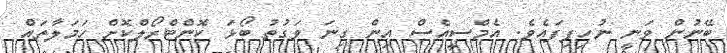
ބޭނުން ވަނީ ނުހިފިފައެވެ. އެމްސީއެސް އިން ގިނަ ވަގުތު ބޯޅަ ކޮންޓްރޯލްކޮށް ހަމަލާތައް